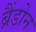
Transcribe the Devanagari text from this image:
ब्रैंडोन